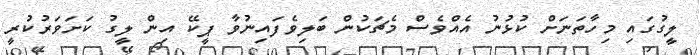
ލީގުގައި މިހާތަނަށް ކުޅުނު އެއްވެސް މެޗަކުން ބަލިވެފައިނުވާ ޕީކޭ އިން ލީގު ކަށަވަރުކުރީ